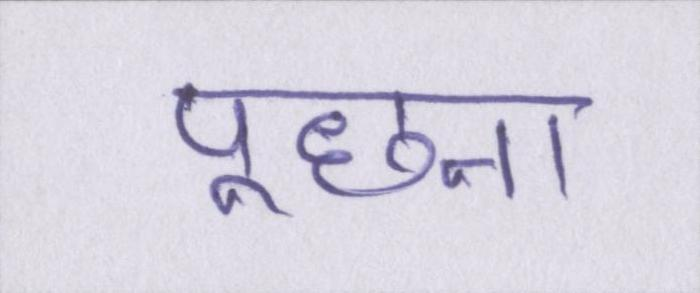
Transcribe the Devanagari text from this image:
पूछना